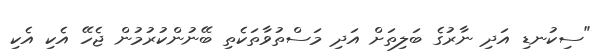
"ސިކުނޑި އަދި ނާރުގެ ބަލިތަށް އަދި މަސްތުވާތަކެތި ބޭނުންކުރުމުން ޖެހޭ އެކި އެކި